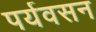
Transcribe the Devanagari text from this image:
पर्यवसन